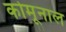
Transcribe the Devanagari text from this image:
कोमूनाल